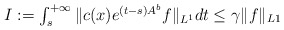
\begin{align*} \textstyle I:=\int_{s}^{+\infty} \|c(x)e^{(t-s)A^{b}}f\|_{L^{1}}dt\le \gamma\|f\|_{L1} \end{align*}